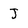
Character: J